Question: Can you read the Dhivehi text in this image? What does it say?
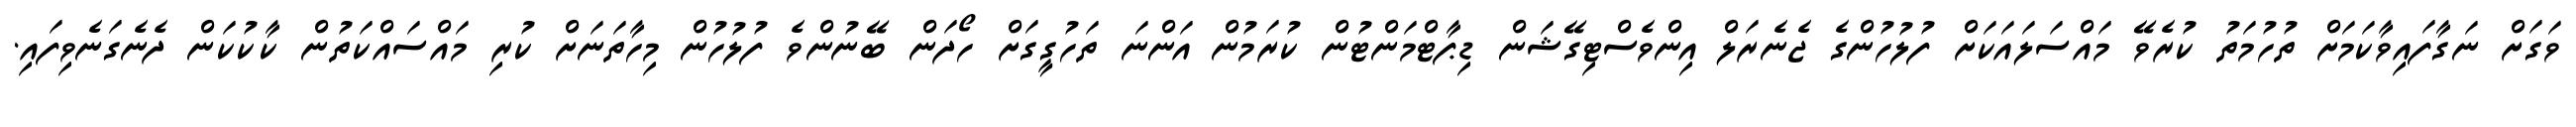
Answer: ވަގަށް ނަގާފައިވާކަމަށް ތުހުމަތު ކުރެވޭ މައްސަލައަކަށް ފުލުހުންގެ ޖެނެރަލް އިންވެސްޓިގޭޝަން ޑިޕާޓްމަންޓުން ކުރަމުން އަންނަ ތަހުގީގަށް ހޯދަން ބޭނުންވެ ފުލުހުން މިހާތަނަށް ކުރި މައްސައްކަތުން ކާކުކަން ދެނެގަނެވިފައި.